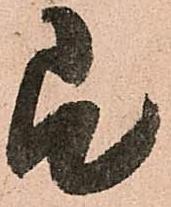
即